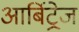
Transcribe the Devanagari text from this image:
आर्बिट्रेज